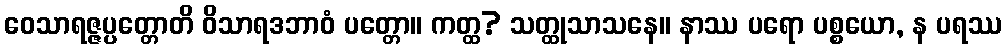
ဝေသာရဇ္ဇပ္ပတ္တောတိ ဝိသာရဒဘာဝံ ပတ္တော။ ကတ္ထ? သတ္ထုသာသနေ။ နာဿ ပရော ပစ္စယော, န ပရဿ